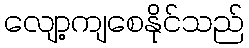
လျော့ကျစေနိုင်သည်